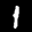
Label: 1